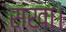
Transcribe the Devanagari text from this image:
सखा।